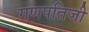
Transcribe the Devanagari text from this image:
गणपतिजी